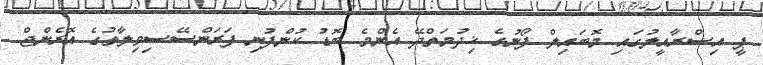
ޕީ އިސްރާއީލުގައި މޮބައިލް ފޯނުގެ ޚިދުމަތްދޭ އެންމެ ބޮޑު ކުންފުނި ފަރަންސޭސިވިލާތުގެ އޮރެންޖް